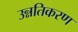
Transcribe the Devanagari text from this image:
उन्नतिकरण